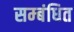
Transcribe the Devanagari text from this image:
सम्‍बंधित